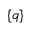
\{ q \}